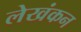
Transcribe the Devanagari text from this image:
लेखंकन